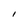
Character: I